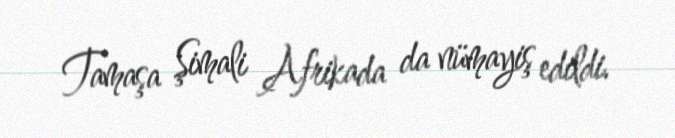
Tamaşa Şimali Afrikada da nümayiş edildi.